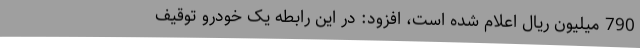
790 میلیون ریال اعلام شده است، افزود: در این رابطه یک خودرو توقیف